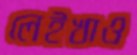
লেইখাও